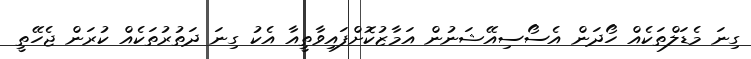
ގިނަ މެޑަލްތަކެއް ހޯދަން އެސޯސިއޭޝަނުން އަމާޒުކޮށްފައިވާތީއާ އެކު ގިނަ ދަތުރުތަކެެއް ކުރަން ޖެހޭތީ